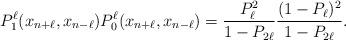
LaTeX: \begin{align*}P_1^\ell(x_{n+\ell},x_{n-\ell})P_0^\ell(x_{n+\ell},x_{n-\ell})&=\frac{P_\ell^2}{1-P_{2\ell}}\frac{(1-P_\ell)^2}{1-P_{2\ell}}.\end{align*}